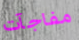
مفاجآت